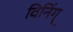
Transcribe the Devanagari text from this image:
विनिंग्